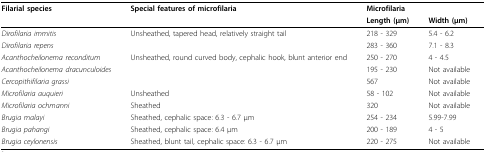
<table><thead><tr><td><b>Filarial species</b></td><td><b>Special features of microfilaria</b></td><td colspan="2"><b>Microfilaria</b></td></tr><tr><td>[EMPTY_CELL]</td><td>[EMPTY_CELL]</td><td><b>Length (μm)</b></td><td><b>Width (μm)</b></td></tr></thead><tbody><tr><td><i>Dirofilaria immitis</i></td><td>Unsheathed, tapered head, relatively straight tail</td><td>218 - 329</td><td>5.4 - 6.2</td></tr><tr><td><i>Dirofilaria repens</i></td><td>[EMPTY_CELL]</td><td>283 - 360</td><td>7.1 - 8.3</td></tr><tr><td><i>Acanthocheilonema reconditum</i></td><td>Unsheathed, round curved body, cephalic hook, blunt anterior end</td><td>250 - 270</td><td>4 - 4.5</td></tr><tr><td><i>Acanthocheilonema dracunculoides</i></td><td>[EMPTY_CELL]</td><td>195 - 230</td><td>Not available</td></tr><tr><td><i>Cercopithifilaria grassi</i></td><td>[EMPTY_CELL]</td><td>567</td><td>Not available</td></tr><tr><td><i>Microfilaria auquieri</i></td><td>Unsheathed</td><td>58 - 102</td><td>Not available</td></tr><tr><td><i>Microfilaria ochmanni</i></td><td>Sheathed</td><td>320</td><td>Not available</td></tr><tr><td><i>Brugia malayi</i></td><td>Sheathed, cephalic space: 6.3 - 6.7 μm</td><td>254 - 234</td><td>5.99-7.99</td></tr><tr><td><i>Brugia pahangi</i></td><td>Sheathed, cephalic space: 6.4 μm</td><td>200 - 189</td><td>4 - 5</td></tr><tr><td><i>Brugia ceylonensis</i></td><td>Sheathed, blunt tail, cephalic space: 6.3 - 6.7 μm</td><td>220 - 275</td><td>Not available</td></tr></tbody></table>